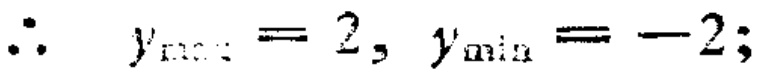
\(\therefore y_{\max}=2, y_{\min}=-2;\)